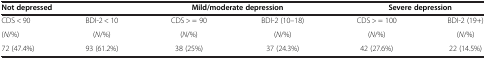
<table><thead><tr><td colspan="2"><b>Not depressed</b></td><td colspan="2"><b>Mild/moderate depression</b></td><td colspan="2"><b>Severe depression</b></td></tr></thead><tbody><tr><td>CDS &lt; 90</td><td>BDI-2 &lt; 10</td><td>CDS &gt; = 90</td><td>BDI-2 (10–18)</td><td>CDS &gt; = 100</td><td>BDI-2 (19+)</td></tr><tr><td>(<i>N</i>/%)</td><td>(<i>N</i>/%)</td><td>(<i>N</i>/%)</td><td>(<i>N</i>/%)</td><td>(<i>N</i>/%)</td><td>(<i>N</i>/%)</td></tr><tr><td>72 (47.4%)</td><td>93 (61.2%)</td><td>38 (25%)</td><td>37 (24.3%)</td><td>42 (27.6%)</td><td>22 (14.5%)</td></tr></tbody></table>